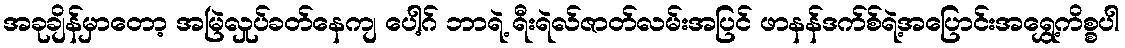
အခုချိန်မှာတော့ အမြဲလှုပ်ခတ်နေကျ ပေါ့ဂ် ဘာရဲ့ ရီးရဲလ်ဇာတ်လမ်းအပြင် ဖာနန်ဒက်စ်ရဲ့အပြောင်းအရွှေ့ကိစ္စပါ